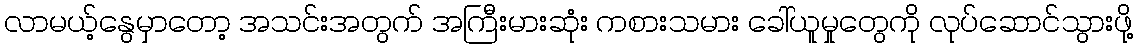
လာမယ့်နွေမှာတော့ အသင်းအတွက် အကြီးမားဆုံး ကစားသမား ခေါ်ယူမှုတွေကို လုပ်ဆောင်သွားဖို့